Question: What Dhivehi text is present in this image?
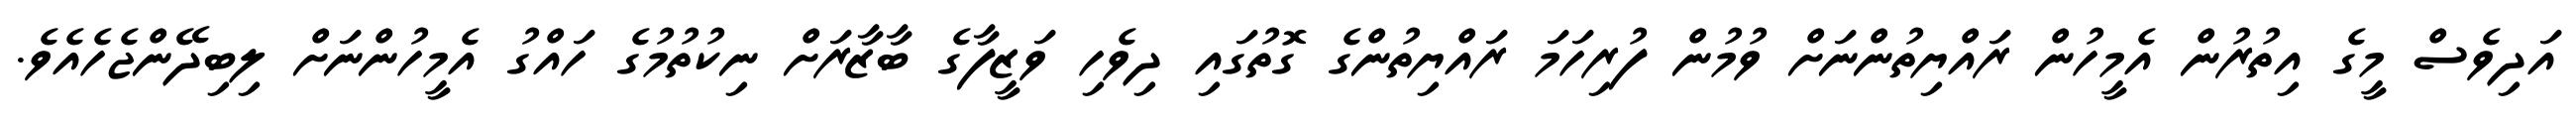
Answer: އަދިވެސް މީގެ އިތުރުން އެމީހުން ރައްޔިތުންނަށް ވުމުން ފުރިހަމަ ރައްޔިތުންގެ ގޮތުގައި ދިވެހި ވަޒީފާގެ ބާޒާރަށް ނިކުތުމުގެ ހައްގު އެމީހުންނަށް ލިބިދޭންޖެހެއެވެ.